Indian journal of veterinary science and animal husbandry - Volume 4,
Year: 1934
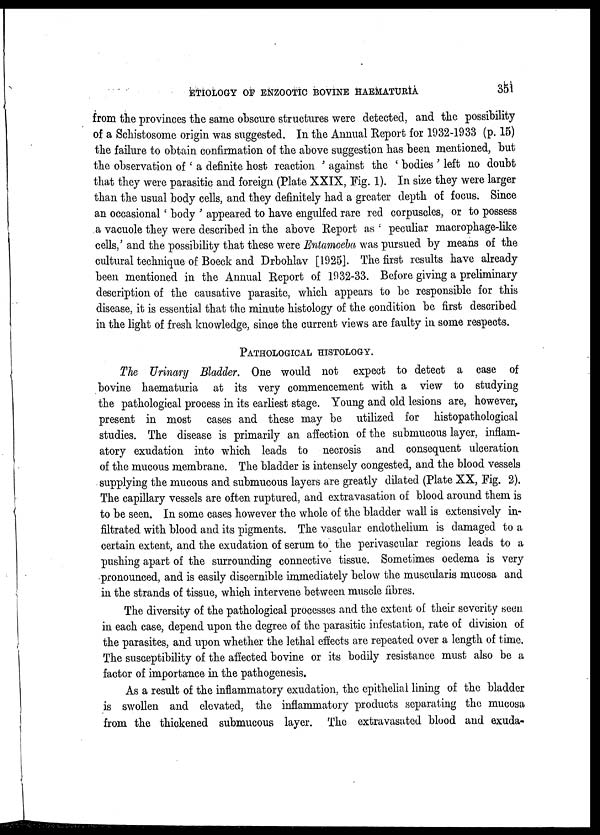
ETIOLOGY OF ENZOOTIC BOVINE HAEMATURIA
351
from the provinces the same obscure structures were detected, and the possibility
of a Schistosome origin was suggested. In the Annual Report for 1932-1933 (p. 15)
the failure to obtain confirmation of the above suggestion has been mentioned, but
the observation of ' a definite host reaction ' against the ' bodies ' left no doubt
that they were parasitic and foreign (Plate XXIX, Fig. 1). In size they were larger
than the usual body cells, and they definitely had a greater depth of focus. Since
an occasional' body ' appeared to have engulfed rare red corpuscles, or to possess
a vacuole they were described in the above Report as ' peculiar macrophage-like
cells,' and the possibility that these were Entamoeba was pursued by means of the
cultural technique of Boeck and Drbohlav [1925]. The first results have already
been mentioned in the Annual Report of 1932-33. Before giving a preliminary
description of the causative parasite, which appears to be responsible for this
disease, it is essential that the minute histology of the condition be first described
in the light of fresh knowledge, since the current views are faulty in some respects.
PATHOLOGICAL HISTROLOGY.
The Urinary Bladder. One would not expect to detect a case of
bovine haematuria at its very commencement with a view to studying
the pathological process in its earliest stage. Young and old lesions are, however,
present in most cases and these may be utilized for histopathological
studies. The disease is primarily an affection of the submucous layer, inflam-
atory exudation into which leads to necrosis and consequent ulceration
of the mucous membrane. The bladder is intensely congested, and the blood vessels
supplying the mucous and submucous layers are greatly dilated (Plate XX, Fig. 2).
The capillary vessels are often ruptured, and extravasation of blood around them is
to be seen. In some cases however the whole of the bladder wall is extensively in-
filtrated with blood and its pigments. The vascular endothelium is damaged to a
certain extent, and the exudation of serum to the perivascular regions leads to a
pushing apart of the surrounding connective tissue. Sometimes oedema is very
pronounced, and is easily discernible immediately below the muscularis mucosa and
in the strands of tissue, which intervene between muscle fibres.
The diversity of the pathological processes and the extent of their severity seen
in each case, depend upon the degree of the parasitic infestation, rate of division of
the parasites, and upon whether the lethal effects are repeated over a length of time.
The susceptibility of the affected bovine or its bodily resistance must also be a
factor of importance in the pathogenesis.
As a result of the inflammatory exudation, the epithelial lining of the bladder
is swollen and elevated, the inflammatory products separating the mucosa
from the thickened submucous layer. The extravasated blood and exuda-